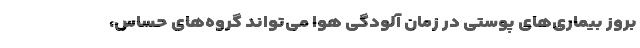
بروز بیماری‌های پوستی در زمان آلودگی هوا می‌تواند گروه‌های حساس،